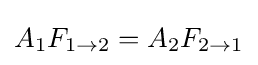
A_{1}F_{1\rightarrow 2}=A_{2}F_{2\rightarrow 1}